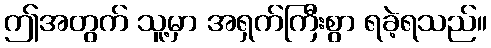
ဤအတွက် သူ့မှာ အရှက်ကြီးစွာ ရခဲ့ရသည်။